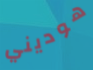
هوديني